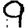
Digit: 9